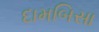
દામબિસા